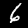
Label: 6